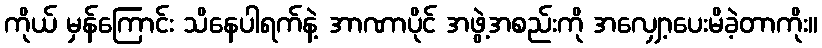
ကိုယ် မှန်ကြောင်း သိနေပါရက်နဲ့ အာဏာပိုင် အဖွဲ့အစည်းကို အလျှော့ပေးမိခဲ့တာကိုး။